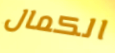
الكمال